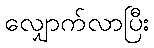
လျှောက်လာပြီး